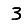
Digit: 3